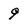
Character: 9